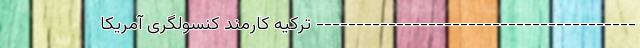
---------------------------------------- ترکیه کارمند کنسولگری آمریکا